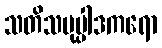
သတိသမုပ္ပါဒကရော